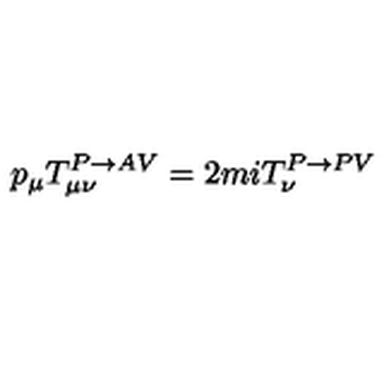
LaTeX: p _ { \mu } T _ { \mu \nu } ^ { P \rightarrow A V } = 2 m i T _ { \nu } ^ { P \rightarrow P V }